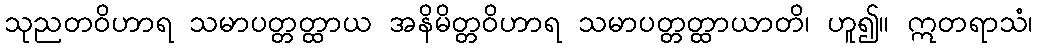
သုညတဝိဟာရ သမာပတ္တတ္ထာယ အနိမိတ္တဝိဟာရ သမာပတ္တတ္ထာယာတိ၊ ဟူ၍။ ဣတရာသံ၊